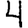
Digit: 4